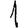
Digit: 1